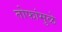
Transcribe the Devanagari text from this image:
तोफांमुळे